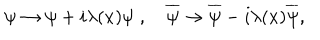
\psi \rightarrow \psi + i \lambda ( x ) \psi \; , \quad \overline { { \psi } } \rightarrow \overline { { \psi } } - i \lambda ( x ) \overline { { \psi } } ,